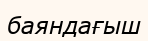
баяндағыш